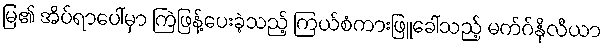
မြ၏ အိပ်ရာပေါ်မှာ ကြဲဖြန့်ပေးခဲ့သည့် ကြယ်စံကားဖြူခေါ်သည့် မက်ဂ်နိုလီယာ